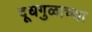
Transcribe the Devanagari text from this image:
दूधगुळाच्या